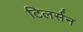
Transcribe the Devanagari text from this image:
टिलर्सन